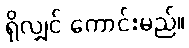
ရှိလျှင် ကောင်းမည်။